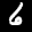
Label: 6